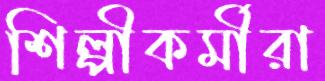
শিল্পীকর্মীরা